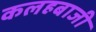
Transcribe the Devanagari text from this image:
कलहबाजी